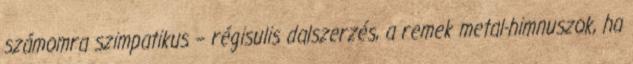
számomra szimpatikus – régisulis dalszerzés, a remek metal-himnuszok, ha